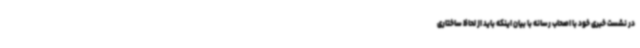
در نشست خبری خود با اصحاب رسانه با بیان اینکه باید از لحاظ ساختاری